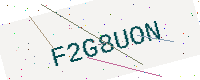
Text: F2G8UON